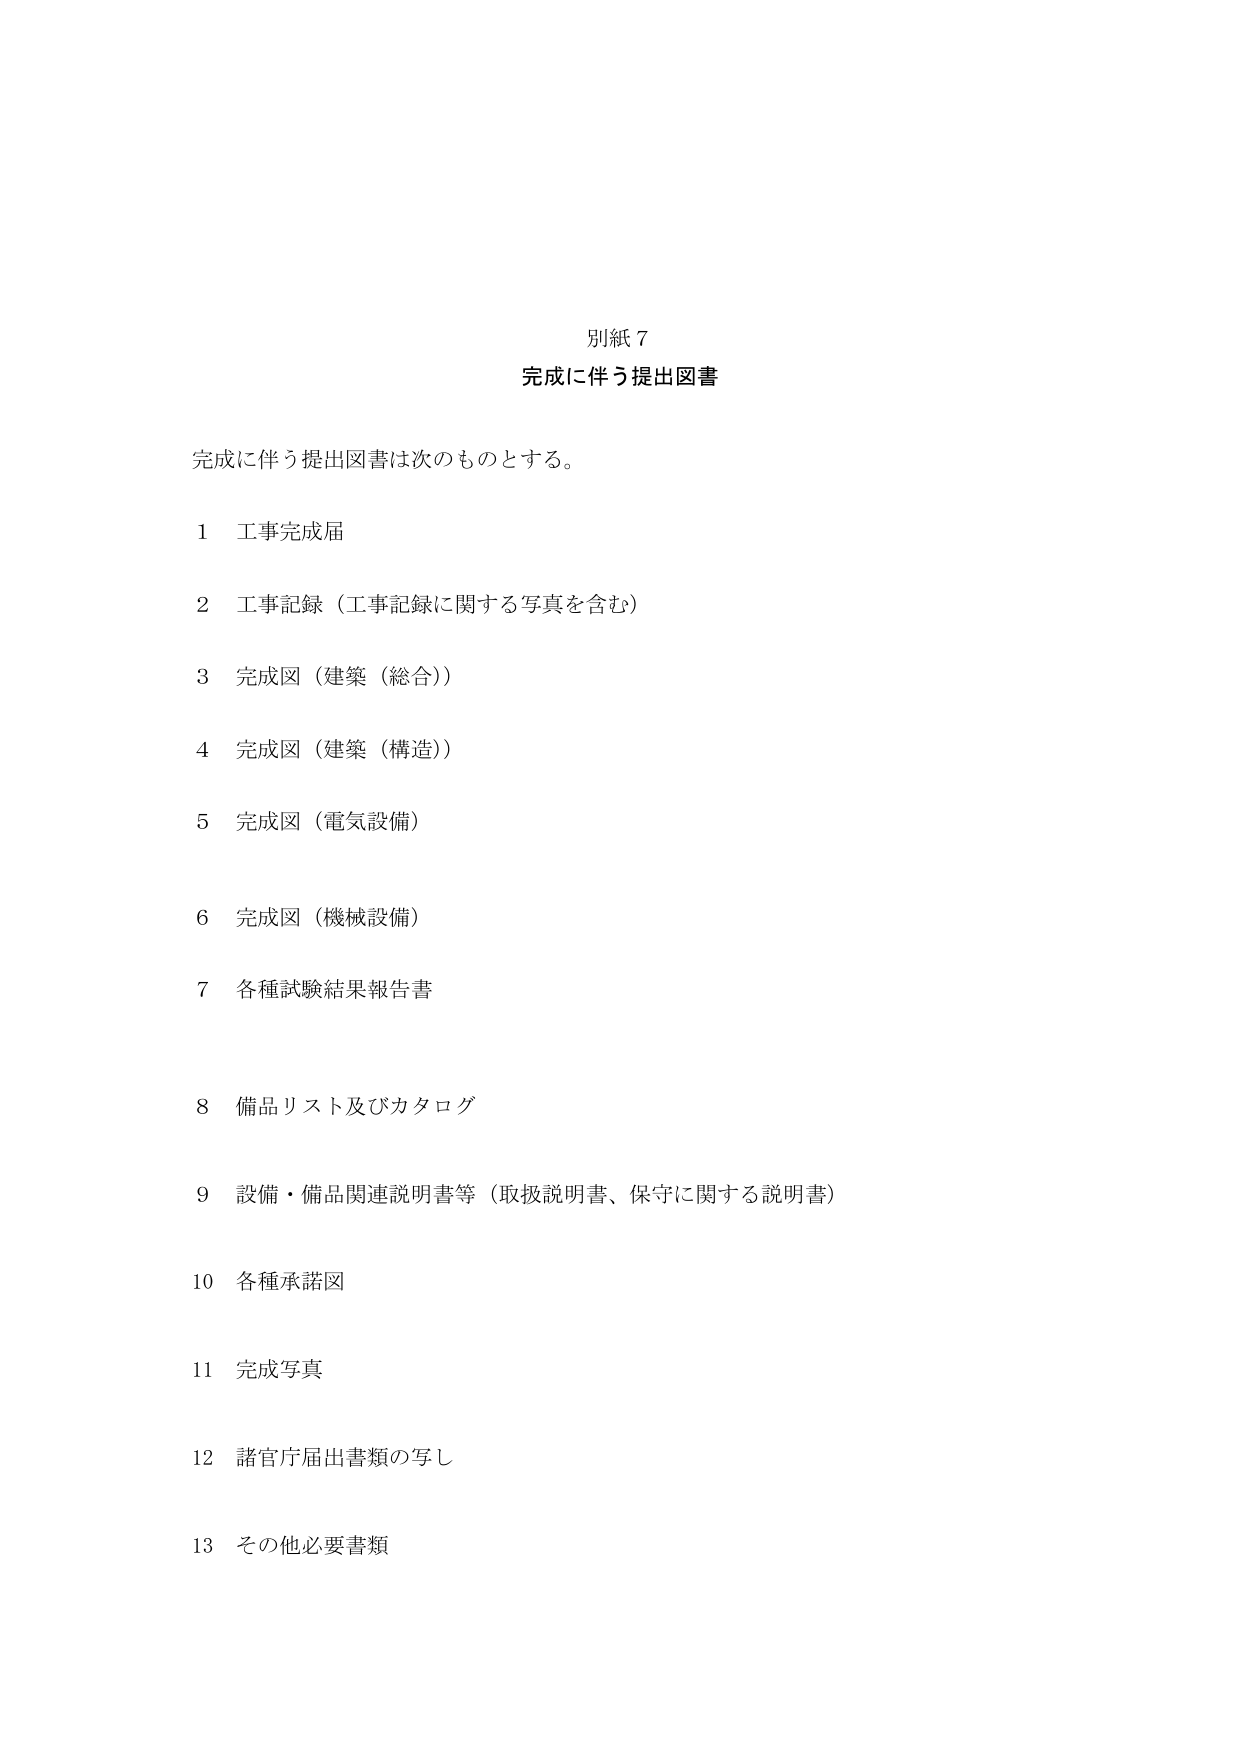
別紙７
完成に伴う提出図書

完成に伴う提出図書は次のものとする。

1 工事完成届
2 工事記録（工事記録に関する写真を含む）
3 完成図（建築（総合））
4 完成図（建築（構造））
5 完成図（電気設備）
6 完成図（機械設備）
7 各種試験結果報告書
8 備品リスト及びカタログ
9 設備・備品関連説明書等（取扱説明書、保守に関する説明書）
10 各種承諾図
11 完成写真
12 諸官庁届出書類の写し
13 その他必要書類